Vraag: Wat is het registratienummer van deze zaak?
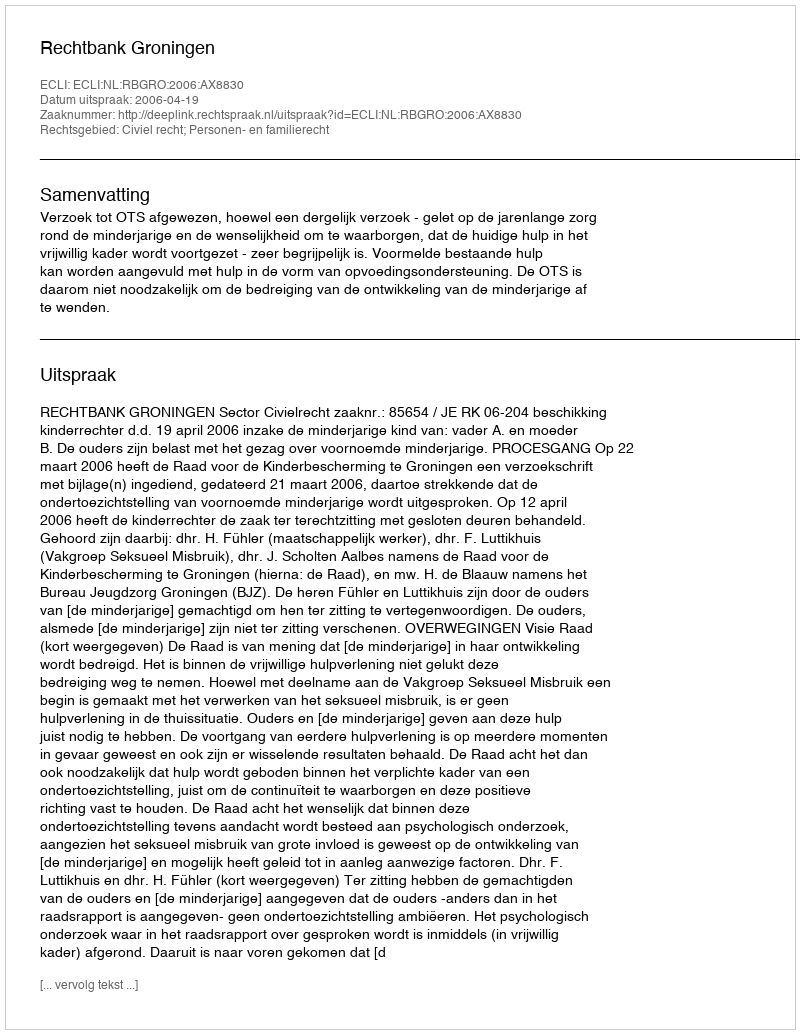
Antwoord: http://deeplink.rechtspraak.nl/uitspraak?id=ECLI:NL:RBGRO:2006:AX8830